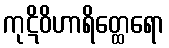
ကုဋိဝိဟာရိတ္ထေရော